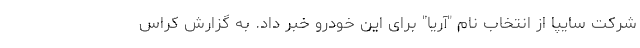
شرکت سایپا از انتخاب نام "آریا" برای این خودرو خبر داد. به گزارش کراس